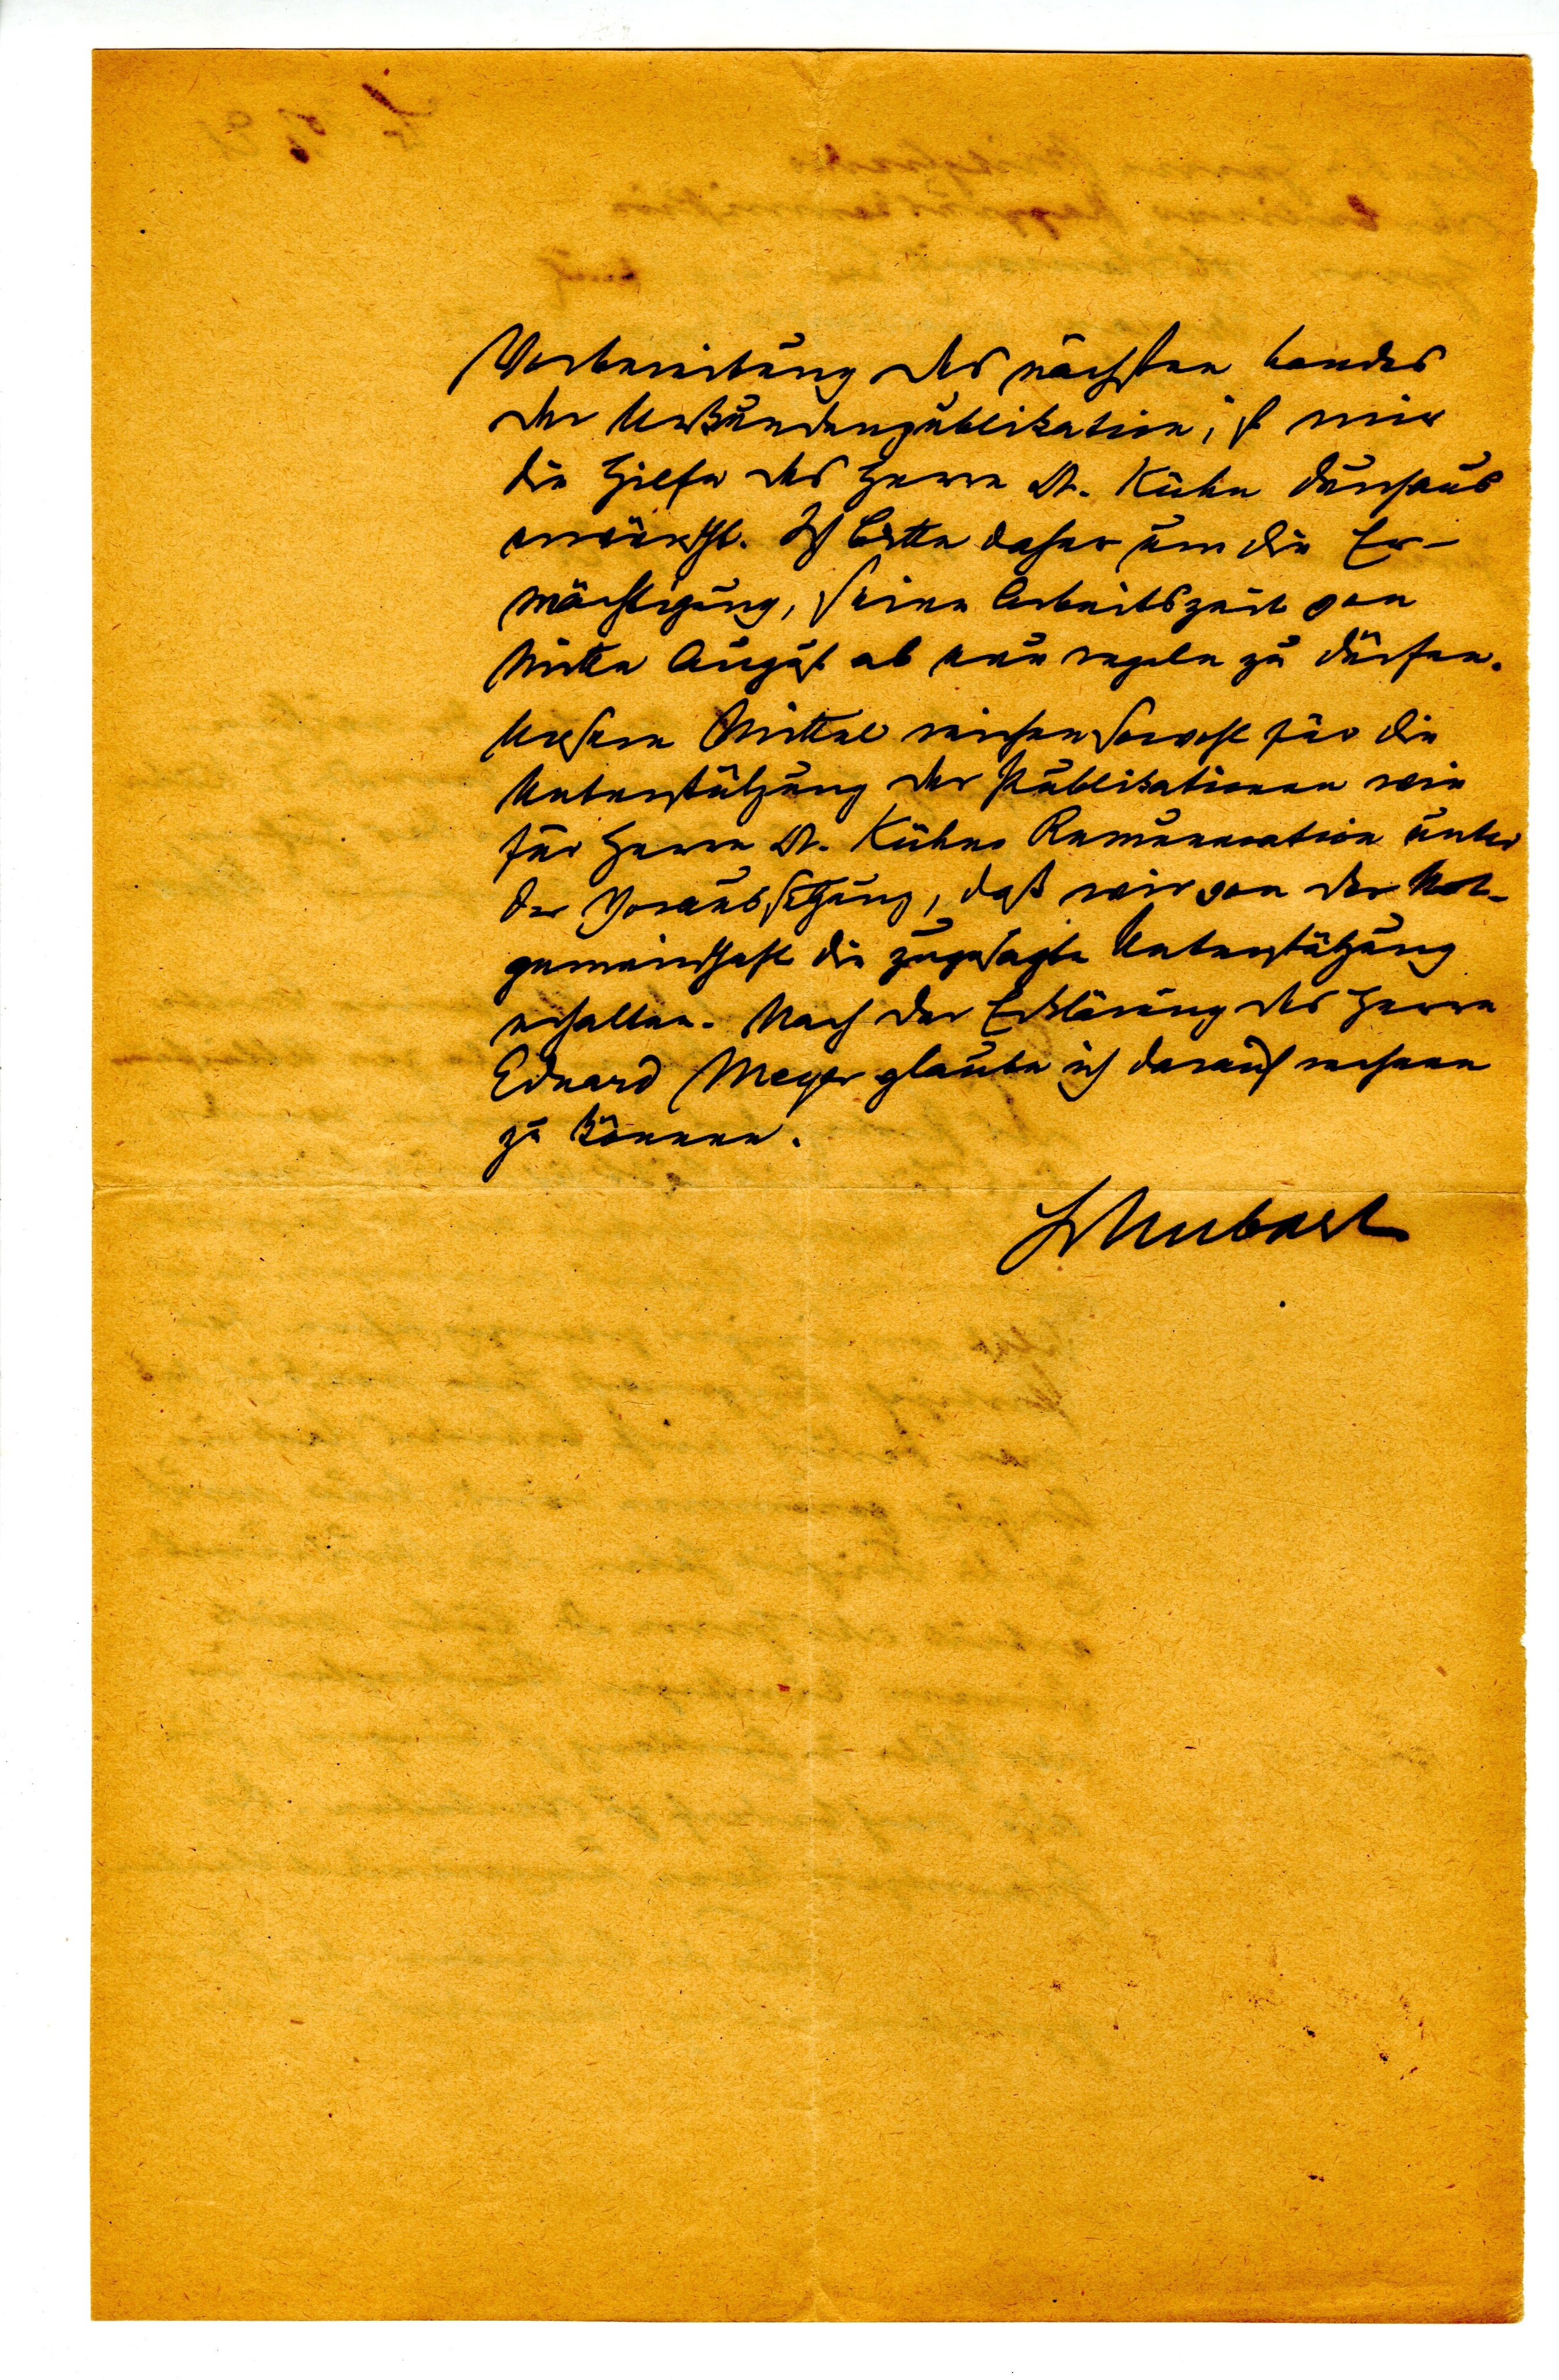
Vorbereitung des nächsten Bande
der Urkundenpublikation, ist mir
die Hilfe des Herrn Dr. Kühn durchaus
erwünscht. Ich bitte daher um die Er¬
mächtigung, seine Arbeitszeit von
Mitte August ab nun regeln zu dürfen.
Unsere Mittel reichen sowohl für die
Unterstützung der Publikationen wie
für Herrn Dr. Kühns Remuneration unter
der Voraussetzung, daß wir von der Not¬
gemeinschaft die zugesagte Unterstützung
erhalten. Nach der Erklärung des Herrn
Erhard Meyer glaube ich darauf rechnen
zu können.
Schubart